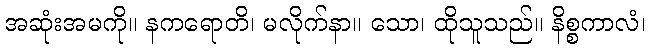
အဆုံးအမကို။ နကရောတိ၊ မလိုက်နာ။ သော၊ ထိုသူသည်။ နိစ္စကာလံ၊